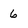
Character: 6